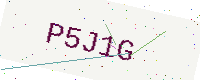
Text: P5J1G